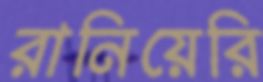
রানিয়েরি